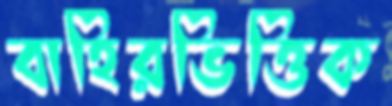
বাহিরভিত্তিক